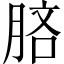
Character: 𣍵